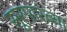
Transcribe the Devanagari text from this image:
सूरपारंब्या